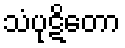
သံပုဋိတော